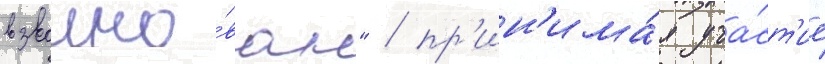
взволно́ван" / пр'ин'има́я уча́ст'ие